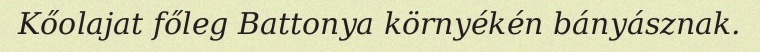
Kőolajat főleg Battonya környékén bányásznak.